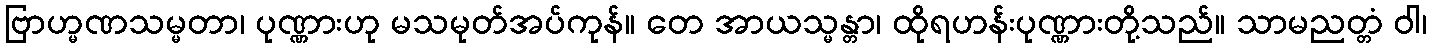
ဗြာဟ္မဏသမ္မတာ၊ ပုဏ္ဏားဟု မသမုတ်အပ်ကုန်။ တေ အာယသ္မန္တာ၊ ထိုရဟန်းပုဏ္ဏားတို့သည်။ သာမညတ္တံ ဝါ၊